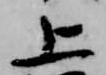
上